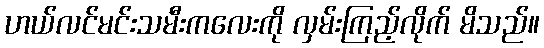
ဟယ်လင်မင်းသမီးကလေးကို လှမ်းကြည့်လိုက် မိသည်။